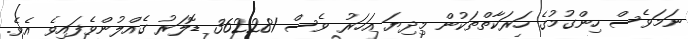
ނަމަވެސް ހިންގުމުގެ ހަރަކާތްތަކުން މިދިޔަ އަހަރު ވެސް 362281 ޑޮލަރު ގެއްލުންވެފައިވެ އެވެ.